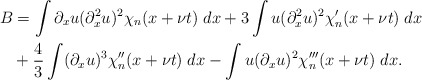
\begin{align*}B&= \int \partial_xu(\partial_x^2u)^2 \chi_n(x+\nu t) \; dx + 3 \int u(\partial_x^2u)^2 \chi_n'(x+\nu t) \; dx \\&+ \frac43 \int (\partial_xu)^3 \chi_n''(x+\nu t) \; dx- \int u(\partial_xu)^2\chi_n'''(x+\nu t) \; dx. \end{align*}